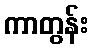
ကာတွန်း